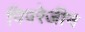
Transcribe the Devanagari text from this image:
पिपरेजीन